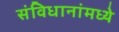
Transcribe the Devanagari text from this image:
संविधानांमध्ये